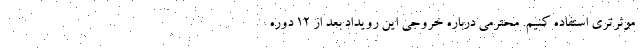
موثرتری استفاده کنیم. محترمی درباره خروجی این رویداد بعد از 12 دوره